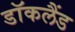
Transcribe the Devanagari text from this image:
डॉकलैंड